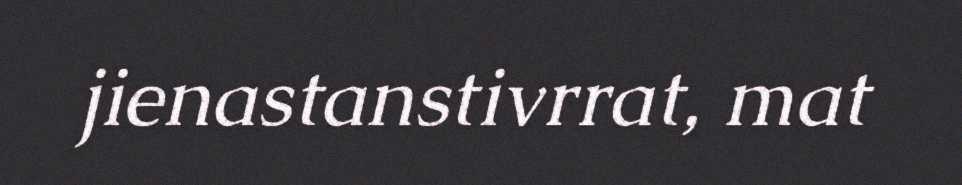
jienastanstivrrat, mat